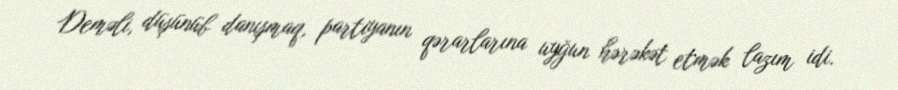
Deməli, düşünüb danışmaq, partiyanın qərarlarına uyğun hərəkət etmək lazım idi.